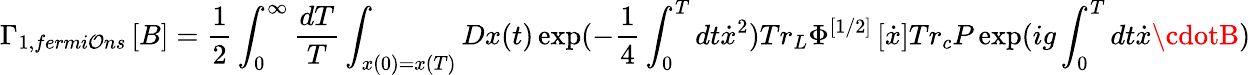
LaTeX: \Gamma_{1,fermi\mathcal{O}ns}\left[B\right]=\frac{{1}}{{2}}\int_{0}^{\infty}{\frac{{{dT}}}{{T}}}\int_{x(0)=x(T)}{Dx(t)\exp(-\frac{{1}}{{4}}}\int_{0}^{T}{dt\dot{{x}}^{2}})Tr_{L}\Phi^{\left[{1/2}\right]}\left[{\dot{{x}}}\right]Tr_{c}P\exp(ig\int_{0}^{T}{dt\dot{{x}}\cdotB)}